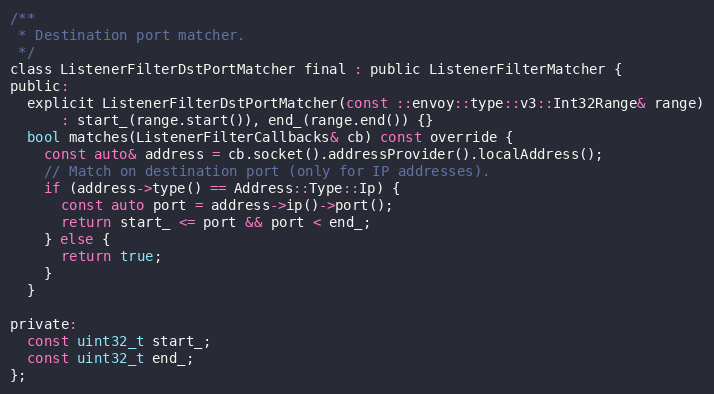
Language: C
/**
 * Destination port matcher.
 */
class ListenerFilterDstPortMatcher final : public ListenerFilterMatcher {
public:
  explicit ListenerFilterDstPortMatcher(const ::envoy::type::v3::Int32Range& range)
      : start_(range.start()), end_(range.end()) {}
  bool matches(ListenerFilterCallbacks& cb) const override {
    const auto& address = cb.socket().addressProvider().localAddress();
    // Match on destination port (only for IP addresses).
    if (address->type() == Address::Type::Ip) {
      const auto port = address->ip()->port();
      return start_ <= port && port < end_;
    } else {
      return true;
    }
  }

private:
  const uint32_t start_;
  const uint32_t end_;
};